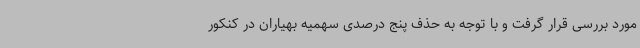
مورد بررسی قرار گرفت و با توجه به حذف پنج درصدی سهمیه بهیاران در کنکور